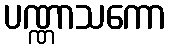
ပဏ္ဏာသကော